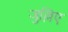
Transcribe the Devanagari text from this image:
जुल्लिए